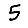
Digit: 5